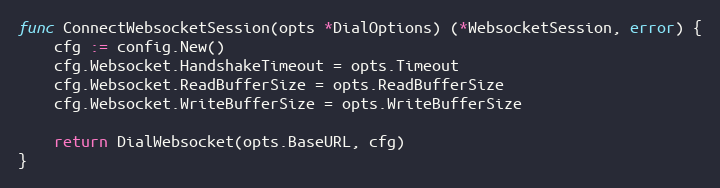
Language: Go
func ConnectWebsocketSession(opts *DialOptions) (*WebsocketSession, error) {
	cfg := config.New()
	cfg.Websocket.HandshakeTimeout = opts.Timeout
	cfg.Websocket.ReadBufferSize = opts.ReadBufferSize
	cfg.Websocket.WriteBufferSize = opts.WriteBufferSize

	return DialWebsocket(opts.BaseURL, cfg)
}